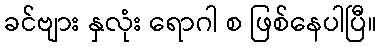
ခင်ဗျား နှလုံး ရောဂါ စ ဖြစ်နေပါပြီ။